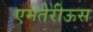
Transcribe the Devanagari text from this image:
एमेतेरीऊस